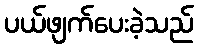
ပယ်ဖျက်ပေးခဲ့သည်